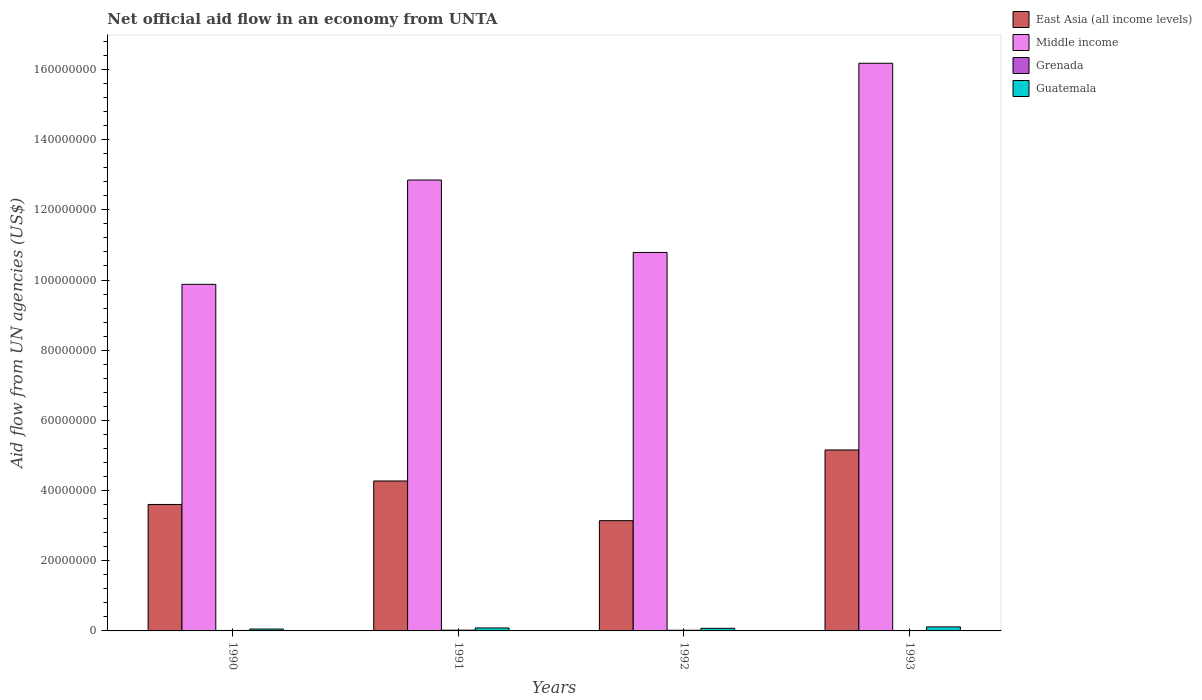
| Years | East Asia (all income levels) | Middle income | Grenada | Guatemala |
 | --- | --- | --- | --- | --- |
 | 1990 | 3.6e+07 | 9.88e+07 | 1.3e+05 | 5.3e+05 |
 | 1991 | 4.27e+07 | 1.28e+08 | 2.1e+05 | 8.5e+05 |
 | 1992 | 3.14e+07 | 1.08e+08 | 1.9e+05 | 7.4e+05 |
 | 1993 | 5.16e+07 | 1.62e+08 | 8e+04 | 1.14e+06 |